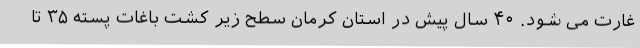
غارت می شود. ۴۰ سال پیش در استان کرمان سطح زیر کشت باغات پسته ۳۵ تا